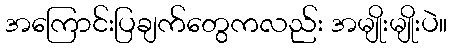
အကြောင်းပြချက်တွေကလည်း အမျိုးမျိုးပဲ။